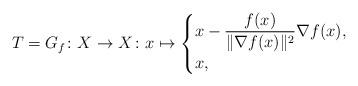
LaTeX: \begin{align*}T=G_f\colon X\to X\colon x\mapsto \begin{cases}\displaystyle x - \frac{f(x)}{\|\nabla f(x)\|^2}\nabla f(x), &\\x, &\end{cases}\end{align*}